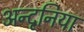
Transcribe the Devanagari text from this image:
अन्दृनिया